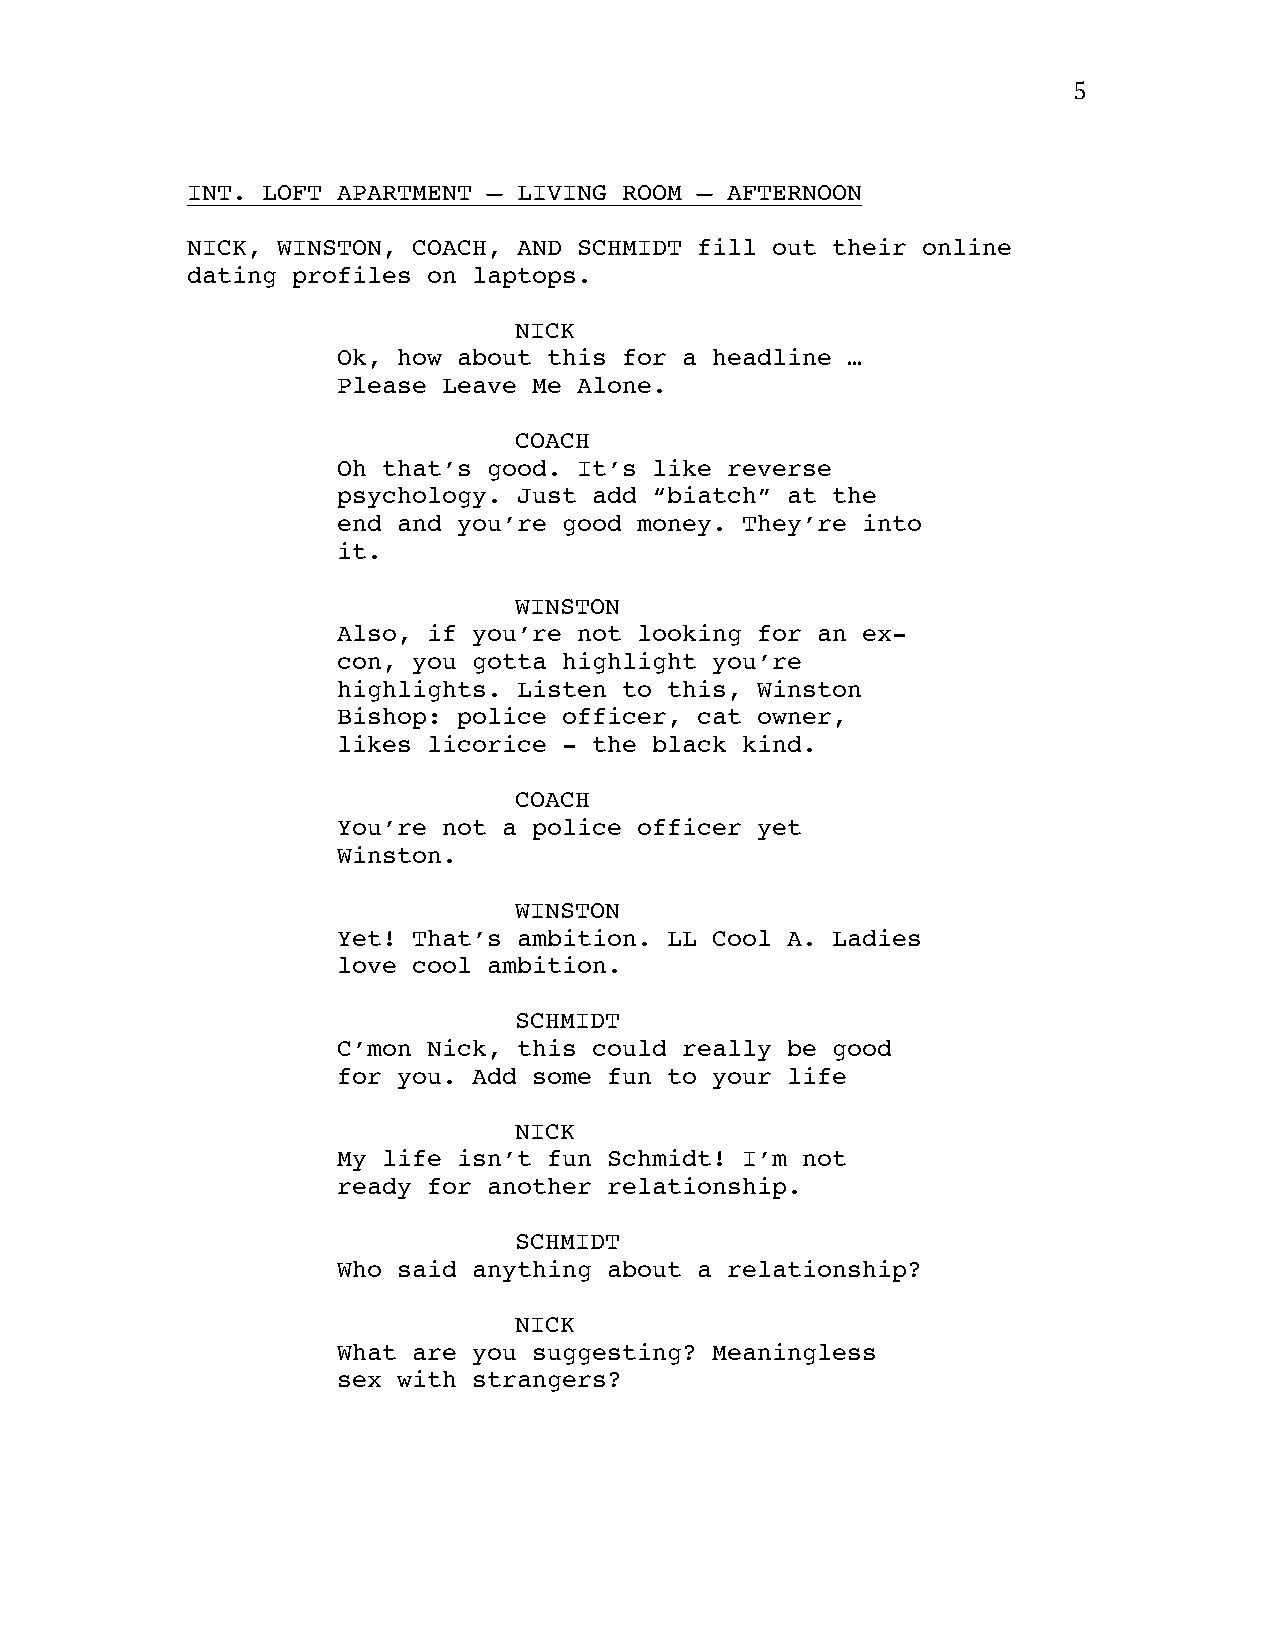
5
 INT. LOFT APARTMENT – LIVING ROOM – AFTERNOON
 NICK, WINSTON, COACH, AND SCHMIDT fill out their online
 dating profiles on laptops.
 NICK
 Ok, how about this for a headline …
 Please Leave Me Alone.
 COACH
 Oh that’s good. It’s like reverse
 psychology. Just add “biatch” at the
 end and you’re good money. They’re into
 it.
 WINSTON
 Also, if you’re not looking for an ex-
 con, you gotta highlight you’re
 highlights. Listen to this, Winston
 Bishop: police officer, cat owner,
 likes licorice - the black kind.
 COACH
 You’re not a police officer yet
 Winston.
 WINSTON
 Yet! That’s ambition. LL Cool A. Ladies
 love cool ambition.
 SCHMIDT
 C’mon Nick, this could really be good
 for you. Add some fun to your life
 NICK
 My life isn’t fun Schmidt! I’m not
 ready for another relationship.
 SCHMIDT
 Who said anything about a relationship?
 NICK
 What are you suggesting? Meaningless
 sex with strangers?